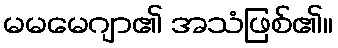
မမမေဂျာ၏ အသံဖြစ်၏။